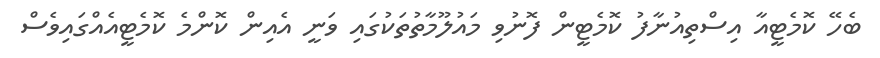
ބެހޭ ކޮމެޓީއާ އިސްތިއުނާފު ކޮމެޓީން ފޮނުވި މައުލޫމާތުތަކުގައި ވަނީ އެއިން ކޮންމެ ކޮމެޓީއެއްގައިވެސް